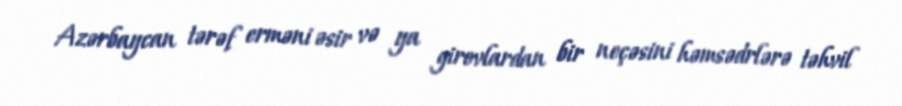
Azərbaycan tərəf erməni əsir və ya girovlardan bir neçəsini həmsədrlərə təhvil